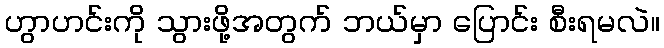
ဟွာဟင်းကို သွားဖို့အတွက် ဘယ်မှာ ပြောင်း စီးရမလဲ။